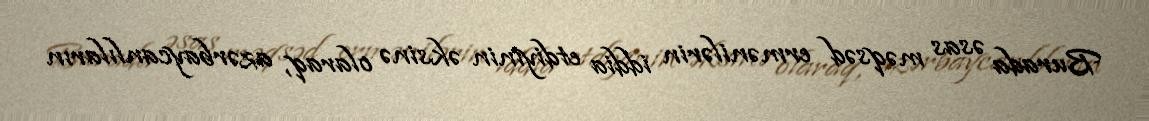
Burada əsas məqsəd ermənilərin iddia etdiyinin əksinə olaraq, azərbaycanlıların